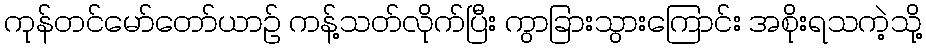
ကုန်တင်မော်တော်ယာဉ် ကန့်သတ်လိုက်ပြီး ကွာခြားသွားကြောင်း အစိုးရသကဲ့သို့